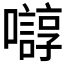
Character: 𫬛